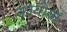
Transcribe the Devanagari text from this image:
कायोवा